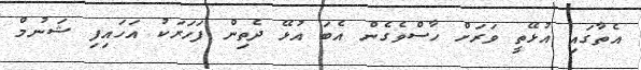
އެތާގައި އުޅޭތީ ވަރަށް ހާސްވެގެން އެބަ އުޅޭ ދެތިން ފަހަރަކު އަހައިފި ޝަނުމް